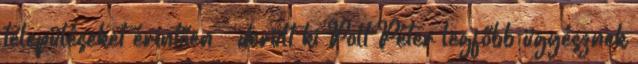
településeket érintően – derült ki Polt Péter legfőbb ügyésznek